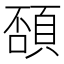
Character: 䫊